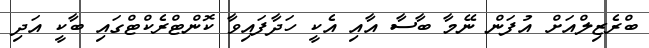
ބްރެޒިލްއަށް އުފަން ނޭމާ ބާސާ އާއި އެކީ ހަދާފައިވާ ކޮންޓްރެކްޓްގައި ބާކީ އަދި